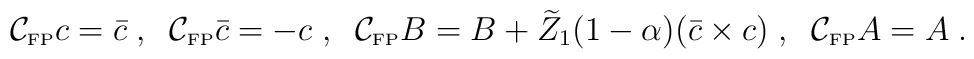
\mathcal{C}_{\mbox{\tiny FP}} c = \bar c \; , \;\;    \mathcal{C}_{\mbox{\tiny FP}} \bar c =  - c \; , \;\;    \mathcal{C}_{\mbox{\tiny FP}} B = B + \widetilde Z_1  (1-\alpha )    (\bar c \times c)  \; , \;\;  \mathcal{C}_{\mbox{\tiny FP}} A = A \;.